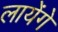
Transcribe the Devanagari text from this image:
लायंेगे